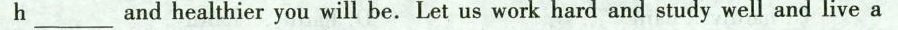
h___ and healthier you will be. Let us work hard and study well and live a